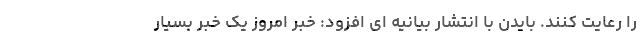
را رعایت کنند. بایدن با انتشار بیانیه ای افزود: خبر امروز یک خبر بسیار